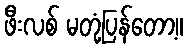
ဖီးလစ် မတုံ့ပြန်တော့။